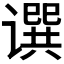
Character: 𬤥